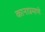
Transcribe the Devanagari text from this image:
कानाप्रमाणे